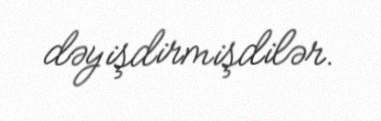
dəyişdirmişdilər.